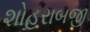
શોહરાબજી